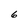
Character: 6